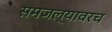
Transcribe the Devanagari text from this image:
समजल्यावरच